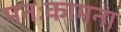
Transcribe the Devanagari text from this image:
मनःकामना